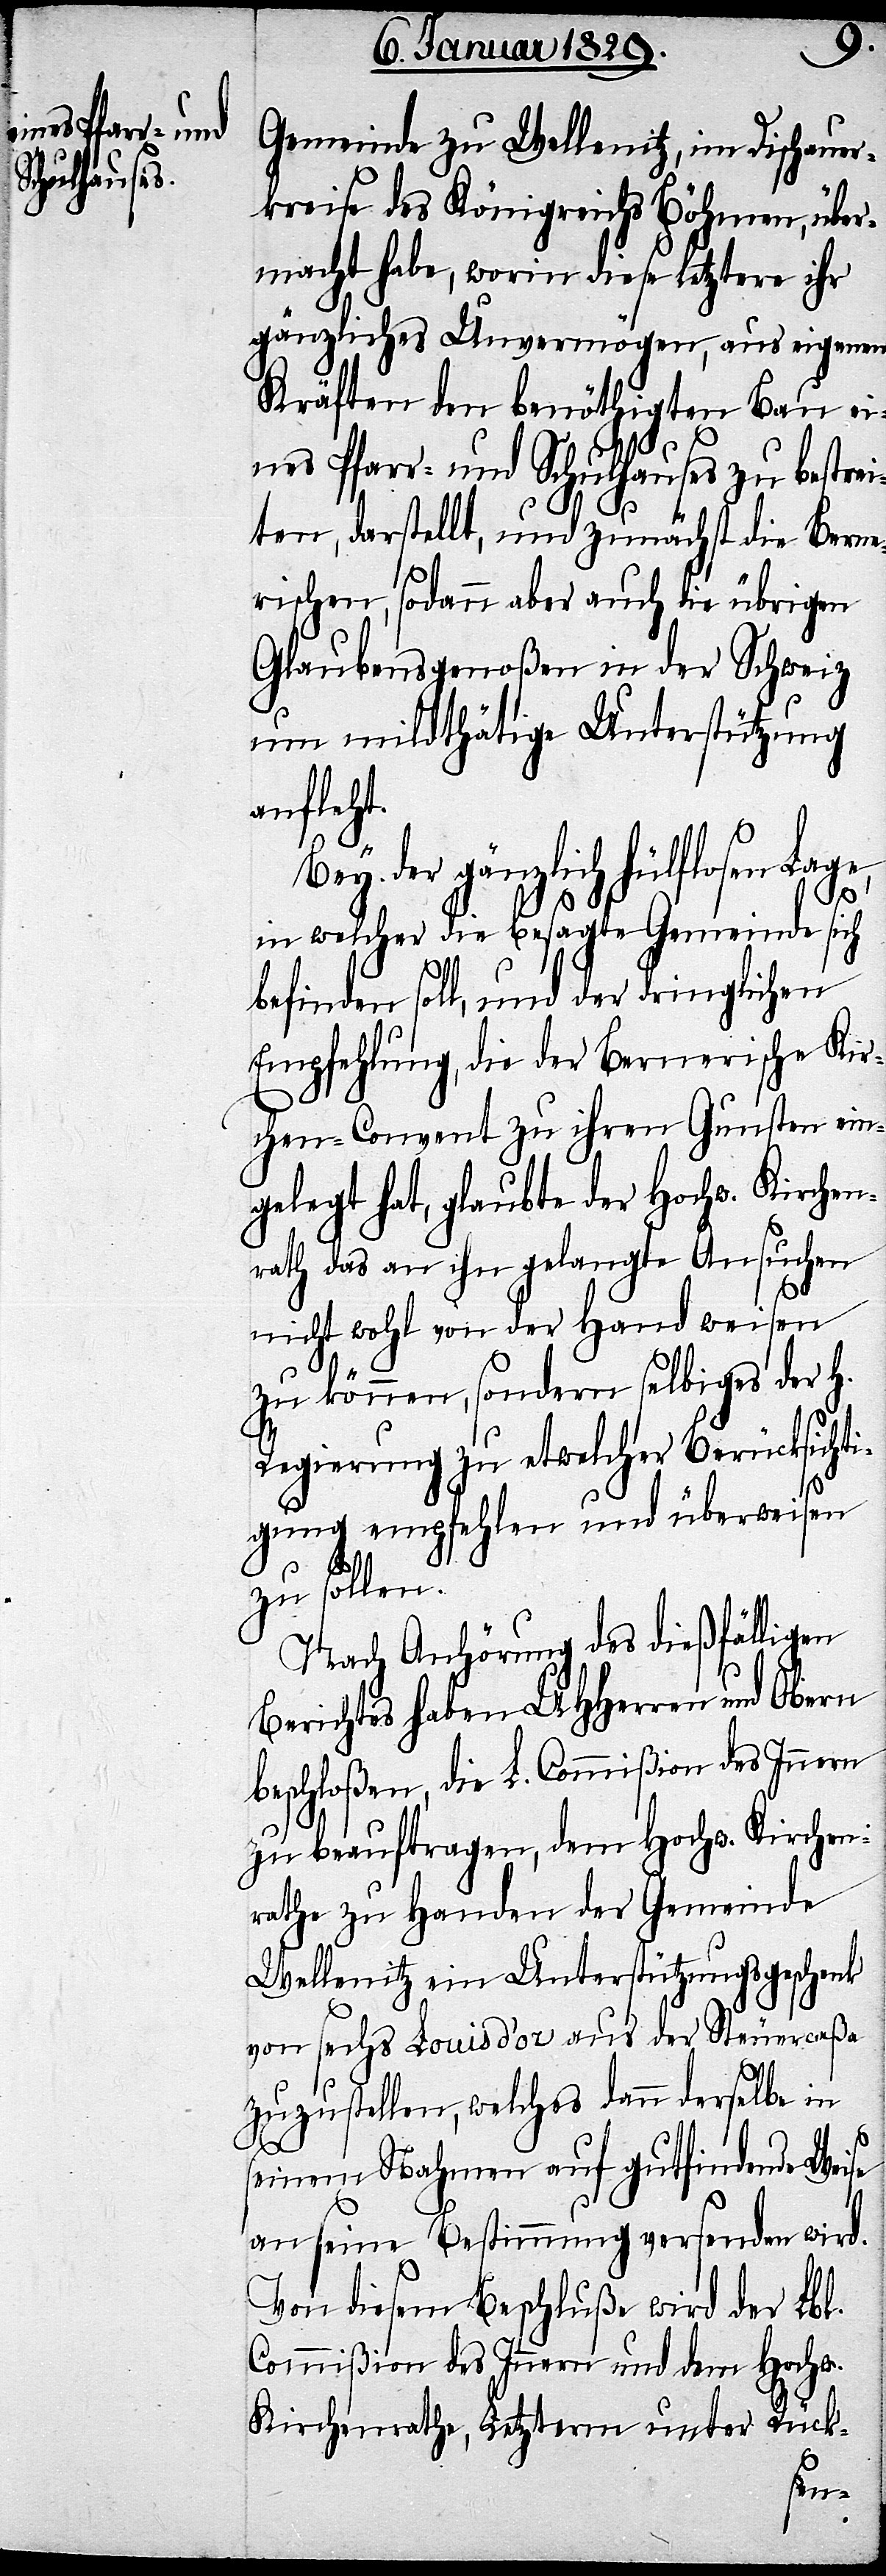
Gemeinde zu Wellenitz, im Dischauer¬
kreise des Königreichs Böhmen, über¬
macht habe, worin diese letztere ihr
gänzliches Unvermögen, aus eigenen
Kräften den benöthigten Bau ei¬
nes Pfarr- und Schulhauses zu bestrei¬
ten, darstellt, und zunächst die Berne¬
rischen, sodann aber auch die übrigen
Glaubensgenoßen in der Schweiz
um mildthätige Unterstützung
anfleht.
Bey der gänzlich hülflosen Lage,
in welcher die besagte Gemeinde sich
befinden soll, und der dringlichen
Empfehlung, die der Bernerische K¬
irchen-Convent zu ihren Gunsten ein¬
gelegt hat, glaubte der Hochw. Kirche¬
nrath das an ihn gelangte Ansuchen
nicht wohl von der Hand weisen
zu können, sondern selbiges der
Regierung zu etwelcher Berücksicht¬
igung empfehlen und überweisen
zu sollen.
Nach Anhörung des dießfälligen
Berichtes haben UHHerren und Obern
beschloßen, die L. Commißion des Innern
zu beauftragen, dem Hochw. Kirchen¬
rathe zu Handen der Gemeinde
Wellenitz ein Unterstützungsgeschenk
von sechs Louis d’or aus der Steuercaßa
zuzustellen, welches dann derselbe in
seinem Nahmen auf gutfindende Weise
an seine Bestimmung versenden wird.
Von diesem Beschluß wird der Lbl.
Commißion des Innern und dem Hochw.
Kirchenrathe, Letzterm unter Rück-